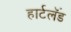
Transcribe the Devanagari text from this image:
हार्टलॅंड